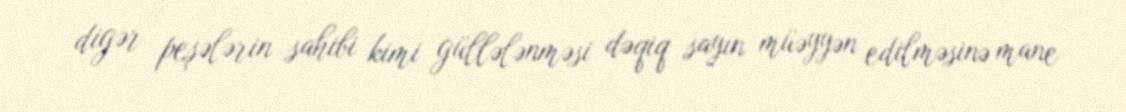
digər peşələrin sahibi kimi güllələnməsi dəqiq sayın müəyyən edilməsinə mane